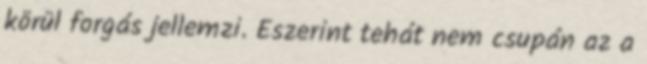
körül forgás jellemzi. Eszerint tehát nem csupán az a